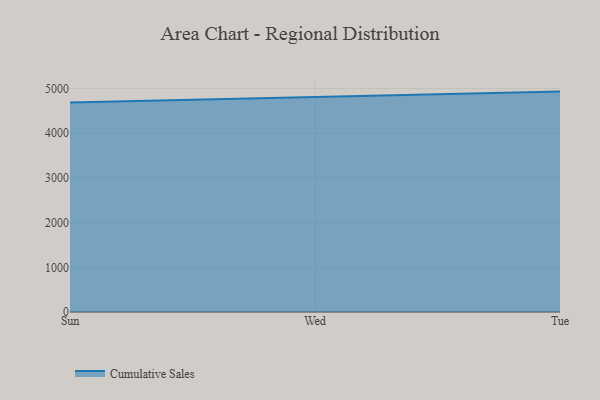
{"axis": {"x": "Day", "y": "Market Share (%)"}, "legend": ["Cumulative Sales"], "data": [{"x": "Sun", "y": 4686.5, "type": "Cumulative Sales"}, {"x": "Wed", "y": 4812.0, "type": "Cumulative Sales"}, {"x": "Tue", "y": 4931.4, "type": "Cumulative Sales"}]}